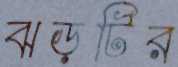
ঝড়টির